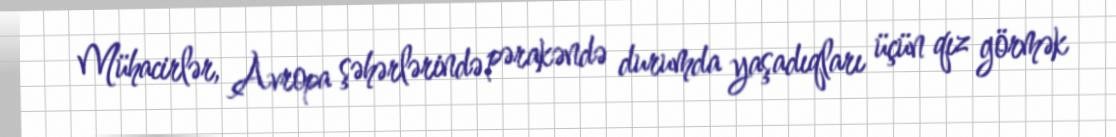
Mühacirlər, Avropa şəhərlərində pərakəndə durumda yaşadıqları üçün qız görmək